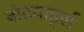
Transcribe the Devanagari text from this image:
बोटयार्ड्स